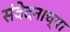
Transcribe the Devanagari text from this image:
संवेदनाच्या